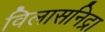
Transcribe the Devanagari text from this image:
विलासनिद्रा